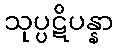
သုပ္ပဋိပန္နာ